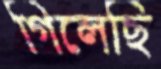
গিলেছি